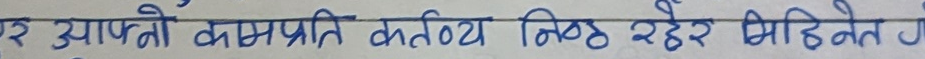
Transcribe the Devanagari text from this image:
र आफ्नो कम्प्रति कर्तव्य निष्ठ रहेर मिहेनत ग